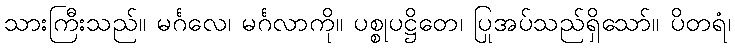
သားကြီးသည်။ မင်္ဂလေ၊ မင်္ဂလာကို။ ပစ္စုပဋ္ဌိတေ၊ ပြုအပ်သည်ရှိသော်။ ပိတရံ၊